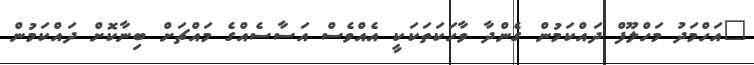
"އަހްމަދު މަހްލޫފް ދައްކަމުން ގެންދާ ވާހަކަތަކަކީ އެއްވެސް އަސާސެއްގެ މައްޗަށް ބިނާކޮށް ދައްކަމުން